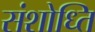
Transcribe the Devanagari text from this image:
संशोध्ति